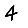
Digit: 4